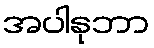
အပါနုဘာ